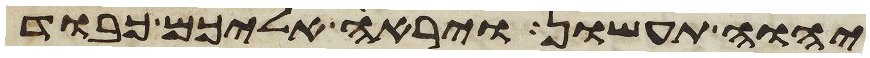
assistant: יהוה תעשון ויראה אליכם כבוד